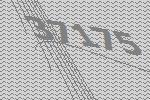
37175